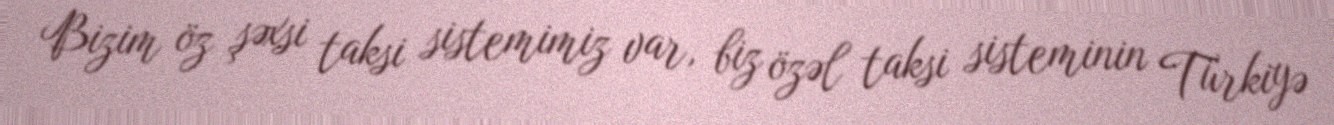
Bizim öz şəxsi taksi sistemimiz var, biz özəl taksi sisteminin Türkiyə